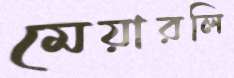
মেয়ারলি